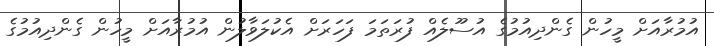
އުމުރާއަށް މީހުން ގެންދިއުމުގެ އުސޫލެއް ފުރަތަމަ ފަހަރަށް އެކުލަވާލުން އުމުރާއަށް މީހުން ގެންދިއުމުގެ